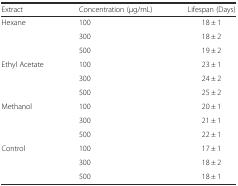
<table><thead><tr><td><b>Extract</b></td><td><b>Concentration (μg/mL)</b></td><td><b>Lifespan (Days)</b></td></tr></thead><tbody><tr><td rowspan="3">Hexane</td><td>100</td><td>18 ± 1</td></tr><tr><td>300</td><td>18 ± 2</td></tr><tr><td>500</td><td>19 ± 2</td></tr><tr><td rowspan="3">Ethyl Acetate</td><td>100</td><td>23 ± 1</td></tr><tr><td>300</td><td>24 ± 2</td></tr><tr><td>500</td><td>25 ± 2</td></tr><tr><td rowspan="3">Methanol</td><td>100</td><td>20 ± 1</td></tr><tr><td>300</td><td>21 ± 1</td></tr><tr><td>500</td><td>22 ± 1</td></tr><tr><td rowspan="3">Control</td><td>100</td><td>17 ± 1</td></tr><tr><td>300</td><td>18 ± 2</td></tr><tr><td>500</td><td>18 ± 1</td></tr></tbody></table>